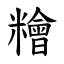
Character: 糩